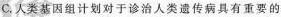
C.人类基因组计划对于诊治人类遗传病具有重要的